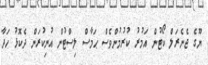
ޔޫގެ ޖެނެރަލް ކޯޓުން އަމުރު ކުރުމުންވެސް ޙަމާސް ލިސްޓުން އުނިކުރަން ދެކޮޅު ހަދާ